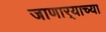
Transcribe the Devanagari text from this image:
जाणार्‍याच्या